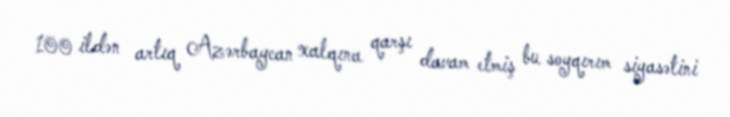
100 ildən artıq Azərbaycan xalqına qarşı davam etmiş bu soyqırım siyasətini